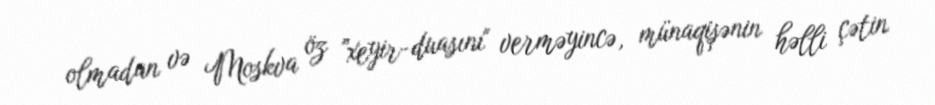
olmadan və Moskva öz ”xeyir-duasını" verməyincə, münaqişənin həlli çətin